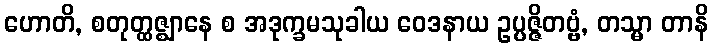
ဟောတိ, စတုတ္ထဇ္ဈာနေ စ အဒုက္ခမသုခါယ ဝေဒနာယ ဥပ္ပဇ္ဇိတဗ္ဗံ, တသ္မာ တာနိ